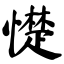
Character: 憷